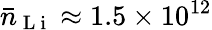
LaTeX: \bar{n}_{\mathrm{~L~i~}}\approx 1.5\times 10^{12}